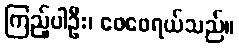
ကြည့်ပါဦး၊ ဖေဖေရယ်သည်။